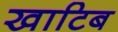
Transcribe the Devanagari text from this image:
खाटिब